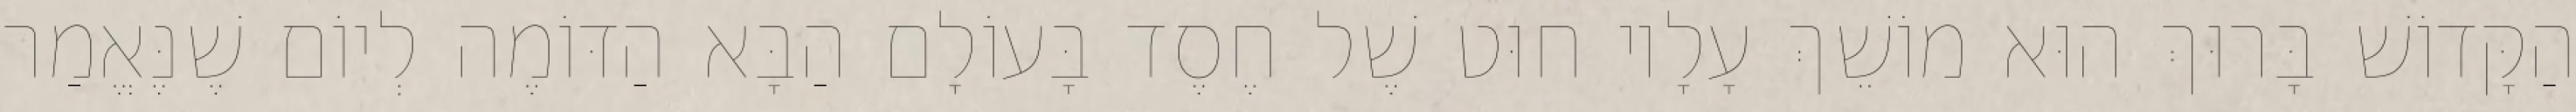
הַקָּדוֹשׁ בָּרוּךְ הוּא מוֹשֵׁךְ עָלָיו חוּט שֶׁל חֶסֶד בָּעוֹלָם הַבָּא הַדּוֹמֶה לְיוֹם שֶׁנֶּאֱמַר